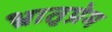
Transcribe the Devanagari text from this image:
भ्रातृप्रेम